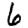
Digit: 6